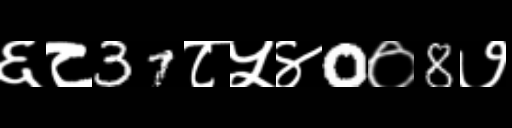
Text: ६८37८५४0०8७